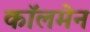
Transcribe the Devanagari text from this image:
कॉलमेन